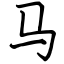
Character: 马